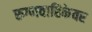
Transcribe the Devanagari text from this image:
रुग्णवाहिकेवर